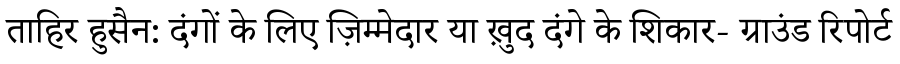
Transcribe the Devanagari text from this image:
ताहिर हुसैन: दंगों के लिए ज़िम्मेदार या ख़ुद दंगे के शिकार- ग्राउंड रिपोर्ट